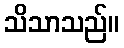
သိသာသည်။